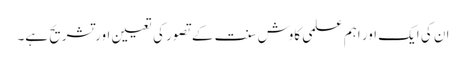
ان کی ایک اور اہم علمی کاوش سنت کے تصور کی تعیین اورتشریح ہے۔